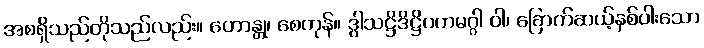
အစရှိသည်တိုသည်လည်း။ ဟောန္တု၊ စေကုန်။ ဒွါသဋ္ဌိဒိဋ္ဌိဂတမဂ္ဂါ ဝါ၊ ခြောက်ဆယ့်နှစ်ပါးသော